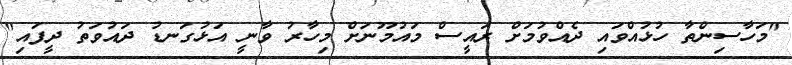
"މަހާސިންތާ ހުޅުއްވައި ދެއްވުމަށް ރައީސް މައުމޫނަށް މިހާރު ވާނީ އަޅުގަނޑު ދައުވަތު ދީފައި"